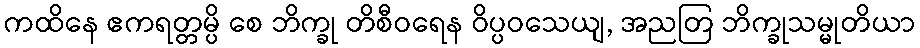
ကထိနေ ဧကရတ္တမ္ပိ စေ ဘိက္ခု တိစီဝရေန ဝိပ္ပဝသေယျ, အညတြ ဘိက္ခုသမ္မုတိယာ